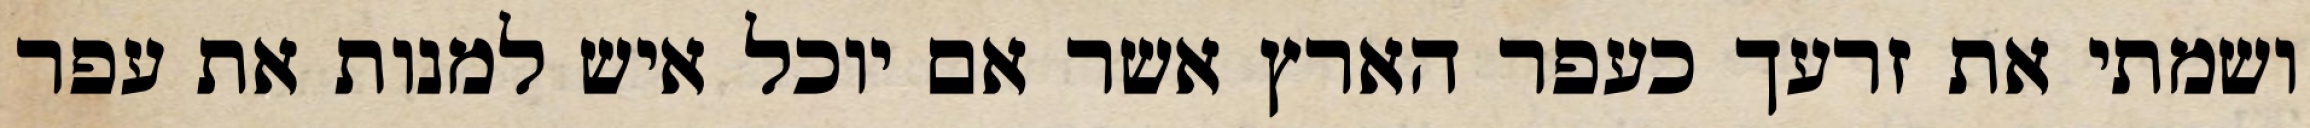
ושמתי את זרעך כעפר הארץ אשר אם יוכל איש למנות את עפר